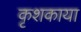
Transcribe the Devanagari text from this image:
कृशकाया